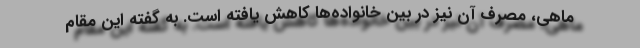
ماهی، مصرف آن نیز در بین خانواده‌ها کاهش یافته است. به گفته این مقام